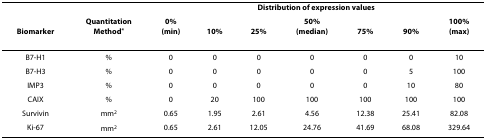
|  |  | <COLSPAN=7> Distribution of expression values |
 | Biomarker | QuantitationMethod* | 0%(min) | 10% | 25% | 50%(median) | 75% | 90% | 100%(max) |
 | --- | --- | --- | --- | --- | --- | --- | --- | --- |
 | B7-H1 | % | 0 | 0 | 0 | 0 | 0 | 0 | 10 |
 | B7-H3 | % | 0 | 0 | 0 | 0 | 0 | 5 | 100 |
 | IMP3 | % | 0 | 0 | 0 | 0 | 0 | 10 | 80 |
 | CAIX | % | 0 | 20 | 100 | 100 | 100 | 100 | 100 |
 | Survivin | mm2 | 0.65 | 1.95 | 2.61 | 4.56 | 12.38 | 25.41 | 82.08 |
 | Ki-67 | mm2 | 0.65 | 2.61 | 12.05 | 24.76 | 41.69 | 68.08 | 329.64 |